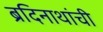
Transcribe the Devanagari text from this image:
ब्रदिनाथांची